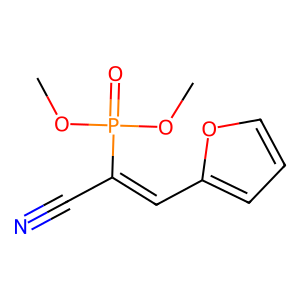
SMILES: COP(=O)(OC)C(C#N)=Cc1ccco1
Inhibits HIV replication: No